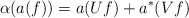
\begin{align*}\alpha (a(f))=a(Uf)+a^{*}(Vf) \\ \end{align*}